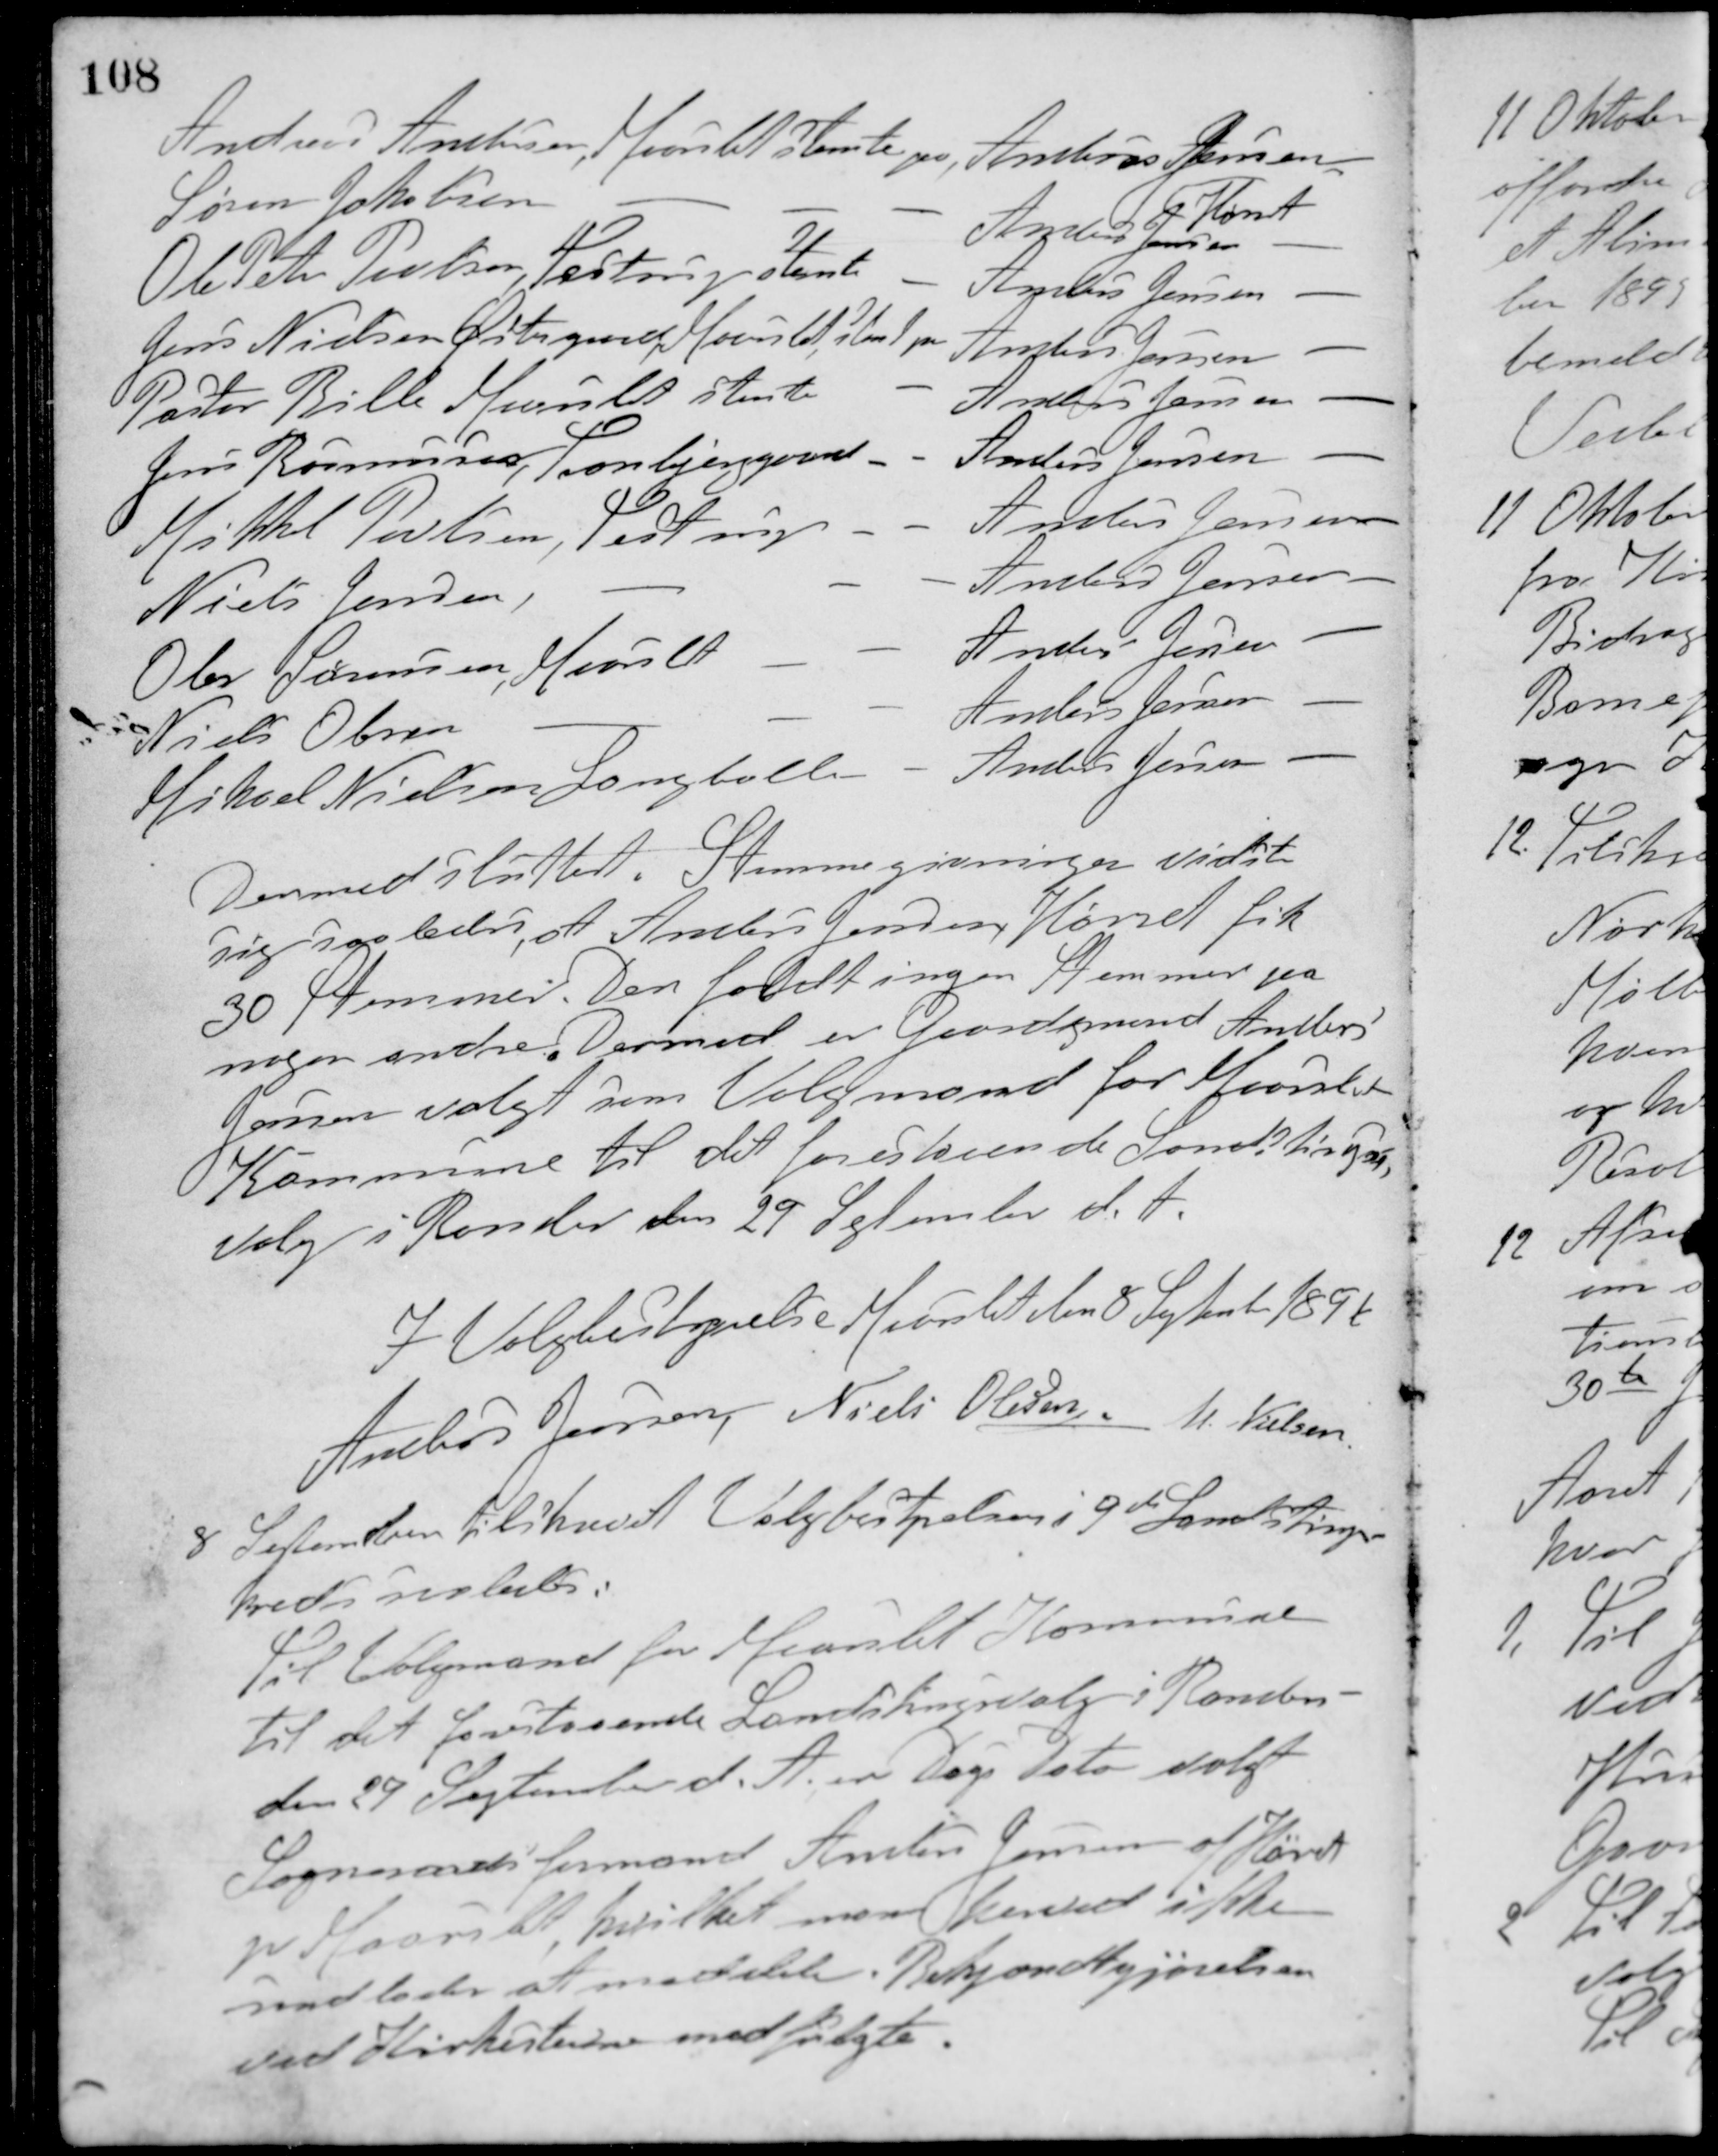
Transskription:
Anders Andersen, Maarslet stemte paa Anders Jensen,
Hørret
Søren Jakobsen - - - Anders Jensen -
Ole Peter Povlsen, Testrup stemte - Anders Jensen -
Jens Nielsen Østergaard, Maarslet stemte paa Anders Jensen -
Pastor Bille Maarslet stemte - Anders Jensen -
Jens Rasmussen, Tranbjerggaard - - Anders Jensen -
Mikkel Poulsen, Testrup - - Anders Jensen -
Niels Jensen, - - - Anders Jensen -
Ole Sørensen, Maarslet - - Anders Jensen -
Niels Olsen - - - Anders Jensen -
Mikael Nielsen Langballe - - Anders Jensen -
Dermed sluttet. Stemmegivningen vidste
sig saaledes, at Anders Jensen, Hørret fik
30 Stemmer. Den faldt ingen Stemmer paa
nogen andre. Dermed er Gaardsmand Anders
Jensen valgt som Valgmand for Maarslet
Kommune til det forestaaende Landstings-
valg i Randers den 29 September d. A.
I Valgbestyrelse Maarslet den 8 September 1896
Anders Jensen Niels Olesen M. Nielsen
8 September tilskrevet Valgbestyrelsen i 9de Landstings-
kreds saaledes:
Til Valgmand for Maarslet Kommune
til det forestaaende Landstingsvalg i Randers
den 29 September d. A. er Dags Dato valgt
Sogneraadsformand Anders Jensen af Hørret
pr. Maarslet, hvilket man herved ikke
undlader at meddele. Bekjendtgjørelsen
ved Kirkestierne medfulgte.